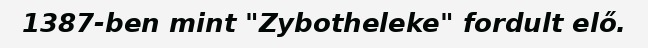
1387-ben mint "Zybotheleke" fordult elő.